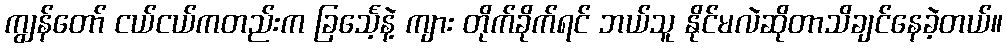
ကျွန်တော် ငယ်ငယ်ကတည်းက ခြင်္သေ့နဲ့ ကျား တိုက်ခိုက်ရင် ဘယ်သူ နိုင်မလဲဆိုတာသိချင်နေခဲ့တယ်။